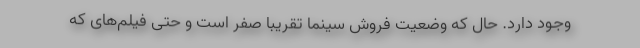
وجود دارد. حال که وضعیت فروش سینما تقریبا صفر است و حتی فیلم‌های که